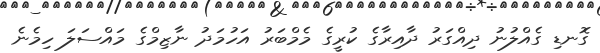
ގޮނޑި ގެއްލުނު ދިއްގަރު ދާއިރާގެ ކުރީގެ މެމްބަރު އަހުމަދު ނާޒިމްގެ މައްސަލަ ހިމެނެ